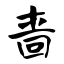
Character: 啬